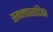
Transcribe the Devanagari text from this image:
समन्तपासादिका